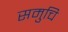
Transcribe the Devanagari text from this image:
समुचि